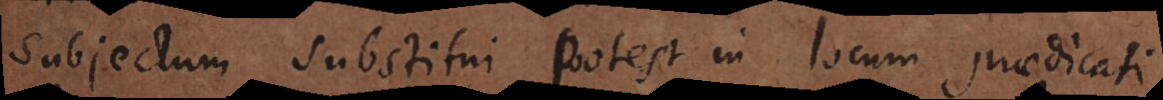
Subjectum substitui potest in locum praedicati